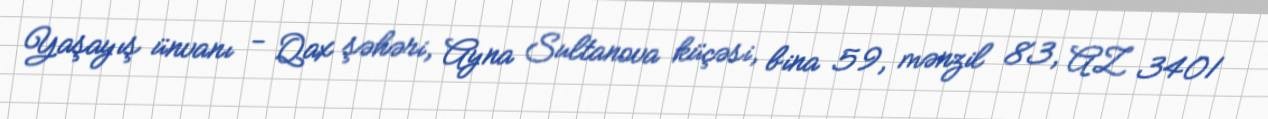
Yaşayış ünvanı - Qax şəhəri, Ayna Sultanova küçəsi, bina 59, mənzil 83, AZ 3401